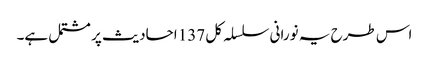
اس طرح یہ نورانی سلسلہ کل 137 احادیث پر مشتمل ہے۔